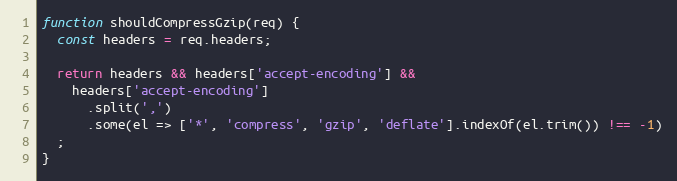
Language: JavaScript
function shouldCompressGzip(req) {
  const headers = req.headers;

  return headers && headers['accept-encoding'] &&
    headers['accept-encoding']
      .split(',')
      .some(el => ['*', 'compress', 'gzip', 'deflate'].indexOf(el.trim()) !== -1)
  ;
}